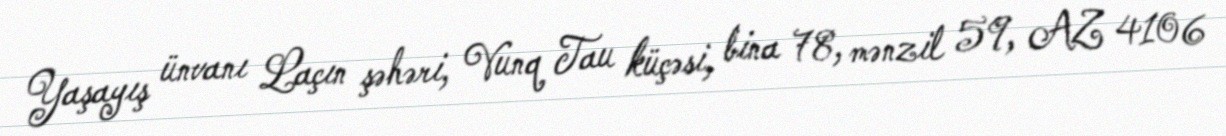
Yaşayış ünvanı Laçın şəhəri, Vunq Tau küçəsi, bina 78, mənzil 59, AZ 4106